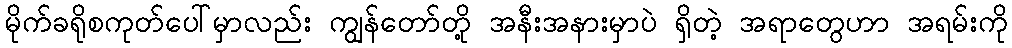
မိုက်ခရိုစကုတ်ပေါ်မှာလည်း ကျွန်တော်တို့ အနီးအနားမှာပဲ ရှိတဲ့ အရာတွေဟာ အရမ်းကို